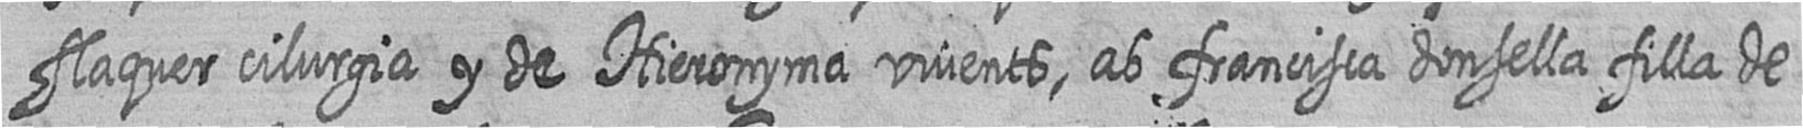
flaquer cilurgia y de Hieronyma vivents ab francisca donsella filla de